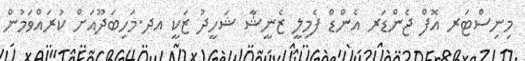
މިނިސްޓަރ އޮފް ޖެންޑަރ އެންޑް ފެމިލީ ޒެނީޝާ ޝަހީދު ޒަކީ އދ.މަހިބަދޫއަށް ކުރައްވަމުން